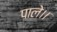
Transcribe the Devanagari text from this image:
पाले।।